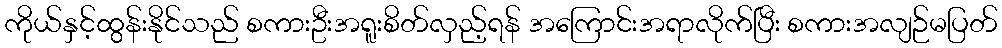
ကိုယ်နှင့်ထွန်းနိုင်သည် စကားဦးအရူးစိတ်လှည့်ရန် အကြောင်းအရာလိုက်ပြီး စကားအလျဉ်မပြတ်